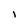
Character: I